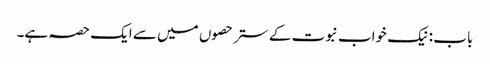
باب : نیک خواب نبوت کے ستر حصوں میں سے ایک حصہ ہے۔